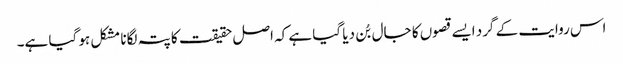
اس روایت کے گرد ایسے قصوں کا جال بُن دیا گیا ہے کہ اصل حقیقت کا پتہ لگانا مشکل ہو گیا ہے۔